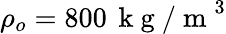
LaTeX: \rho_{o}=800\, \mathrm{~k~g~/~m~}^{3}